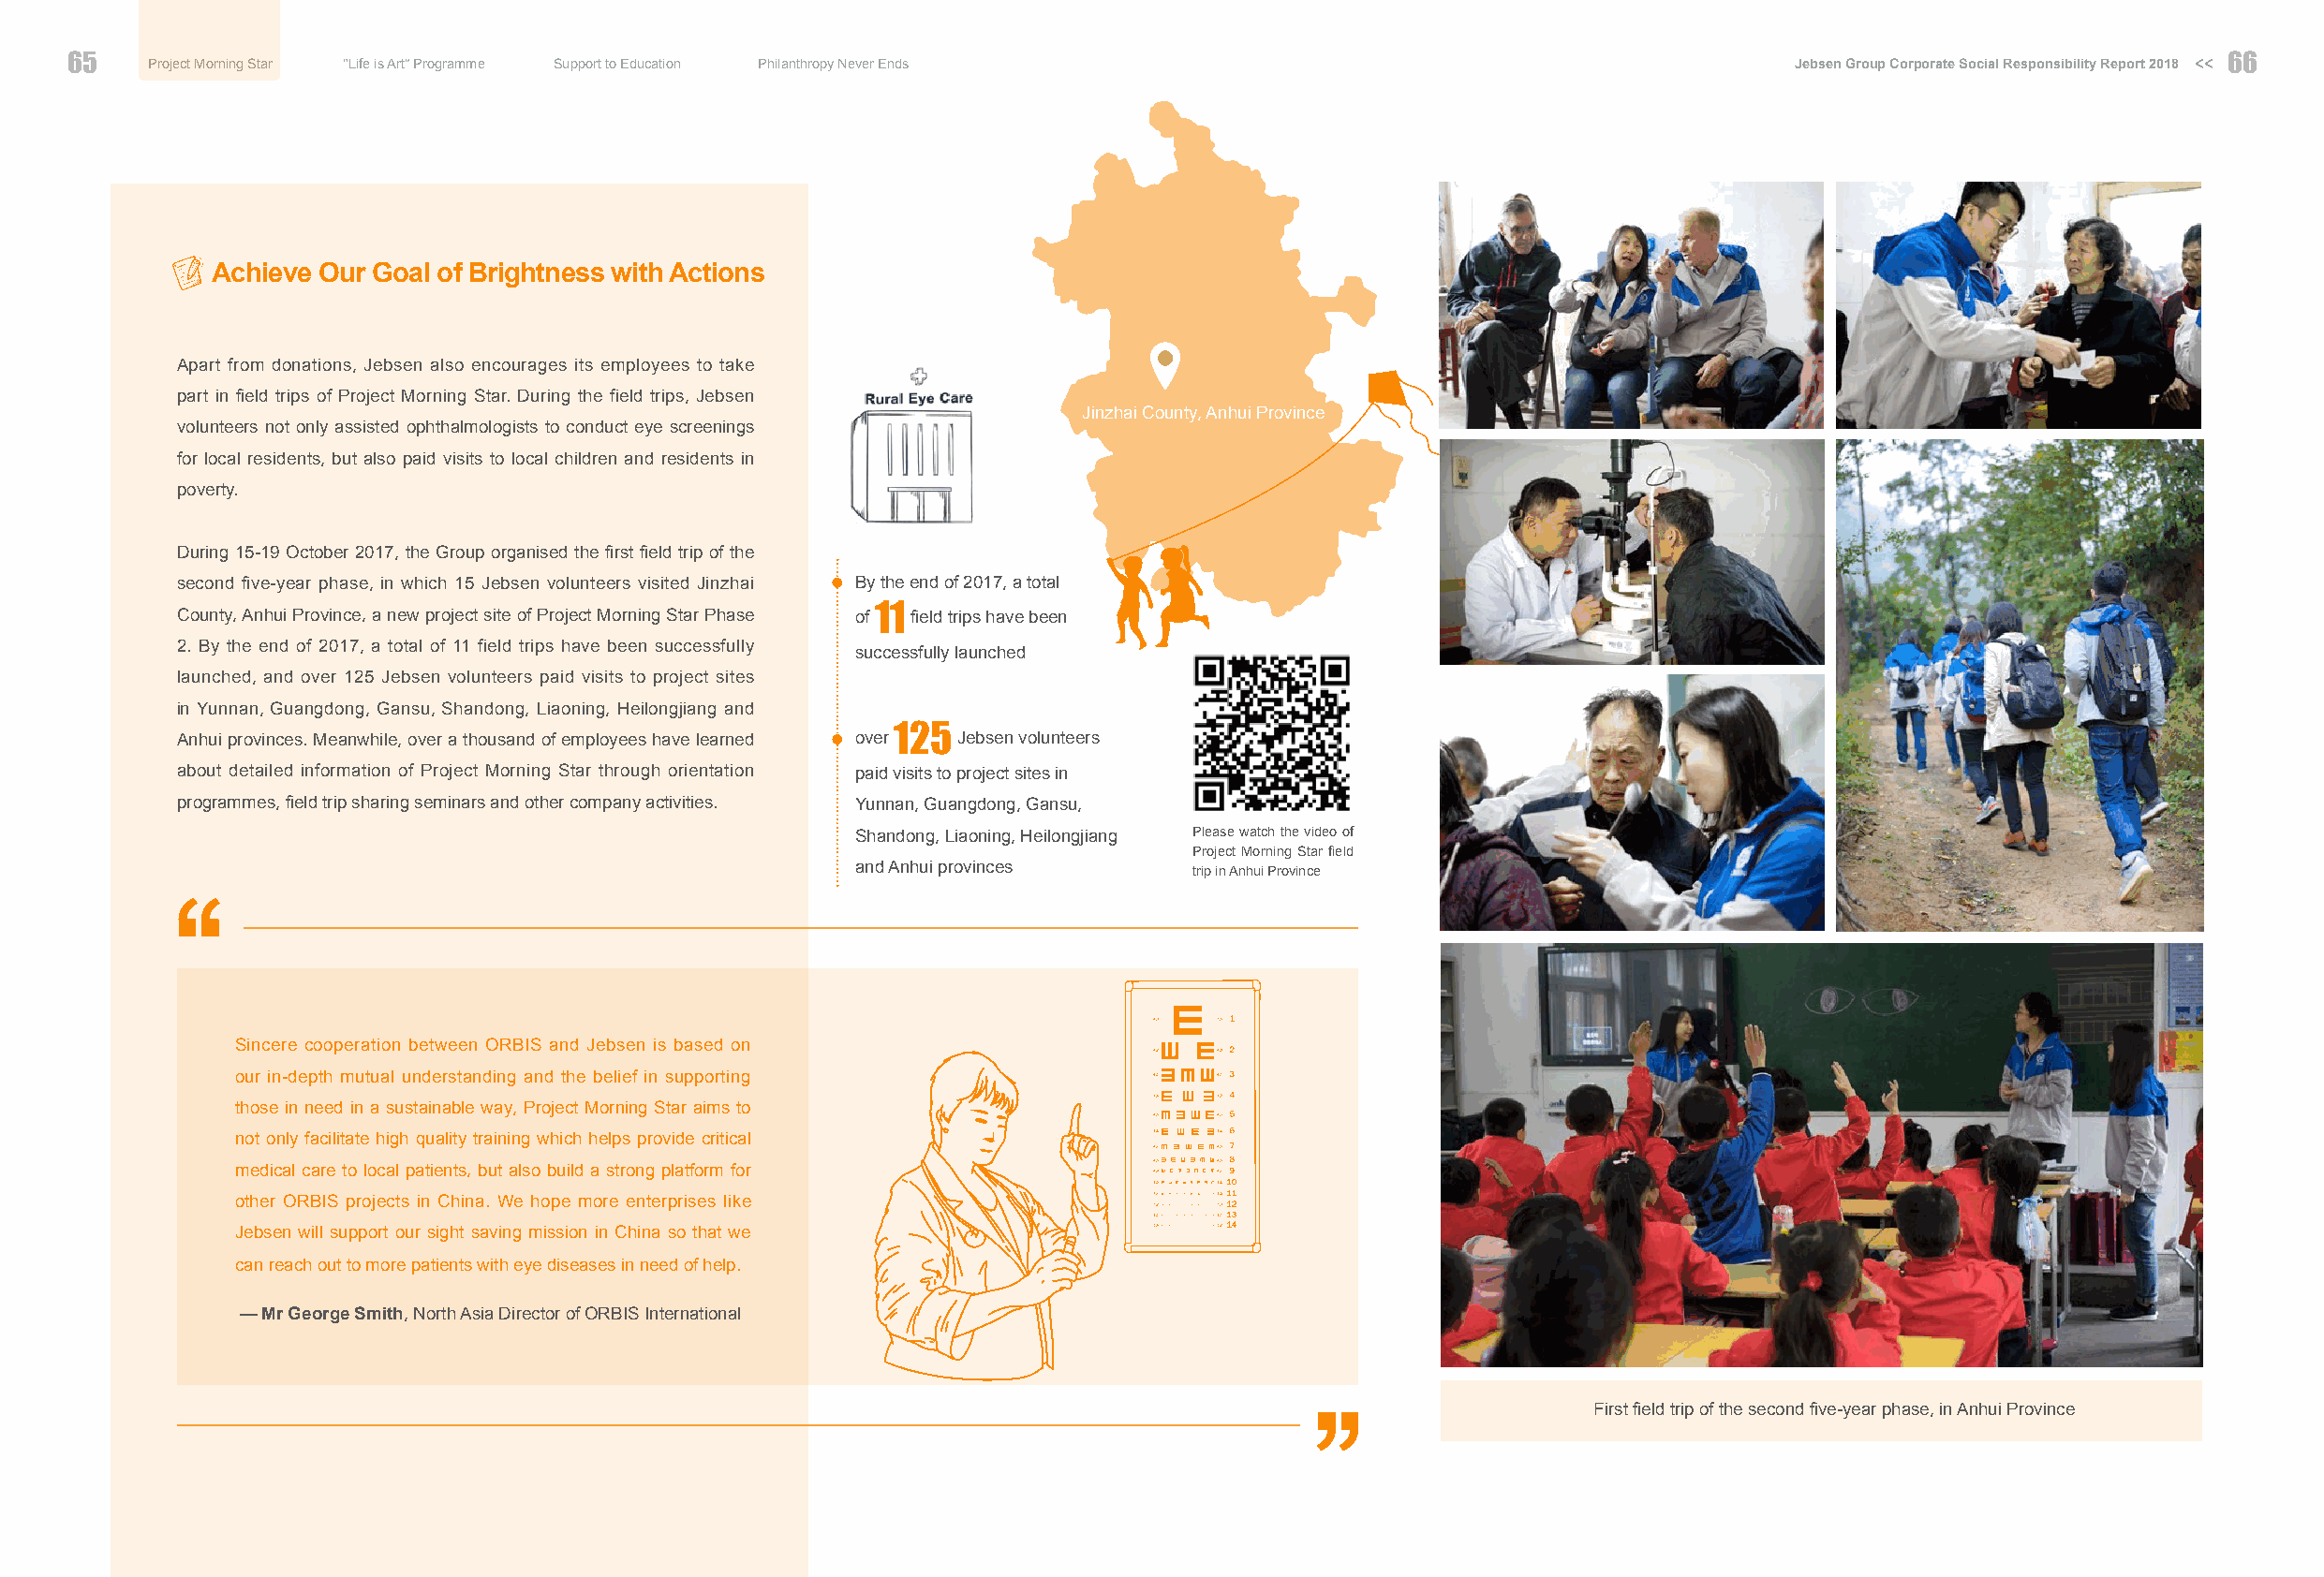
65   Project Morning Star “Life is Art” Programme Support to Education Philanthropy Never Ends                            Jebsen Group Corporate Social Responsibility Report 2018 << 6666
 Achieve Our Goal of Brightness with Actions
 Apart from donations, Jebsen also encourages its employees to take
 part in field trips of Project Morning Star. During the field trips, Jebsen
 Jinzhai County, Anhui Province
 volunteers not only assisted ophthalmologists to conduct eye screenings
 for local residents, but also paid visits to local children and residents in
 poverty.
 During 15-19 October 2017, the Group organised the first field trip of the
 second five-year phase, in which 15 Jebsen volunteers visited Jinzhai By the end of 2017, a total
 County, Anhui Province, a new project site of Project Morning Star Phase of 11 field trips have been
 2. By the end of 2017, a total of 11 field trips have been successfully
 successfully launched
 launched, and over 125 Jebsen volunteers paid visits to project sites
 in Yunnan, Guangdong, Gansu, Shandong, Liaoning, Heilongjiang and
 Anhui provinces. Meanwhile, over a thousand of employees have learned over 125 Jebsen volunteers
 about detailed information of Project Morning Star through orientation paid visits to project sites in
 programmes, field trip sharing seminars and other company activities. Yunnan, Guangdong, Gansu,
 Shandong, Liaoning, Heilongjiang Please watch the video of
 Project Morning Star field
 and Anhui provinces     trip in Anhui Province
 Sincere cooperation between ORBIS and Jebsen is based on
 our in-depth mutual understanding and the belief in supporting
 those in need in a sustainable way, Project Morning Star aims to
 not only facilitate high quality training which helps provide critical
 medical care to local patients, but also build a strong platform for
 other ORBIS projects in China. We hope more enterprises like
 Jebsen will support our sight saving mission in China so that we
 can reach out to more patients with eye diseases in need of help.
 — Mr George Smith, North Asia Director of ORBIS International
 First field trip of the second five-year phase, in Anhui Province